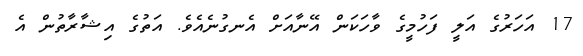
17 އަހަރުގެ އަލީ ފަހުމީގެ ވާހަކަން އޭނާއަށް އެނގުނެއެވެ. އަތުގެ އިޝާރާތުން އެ